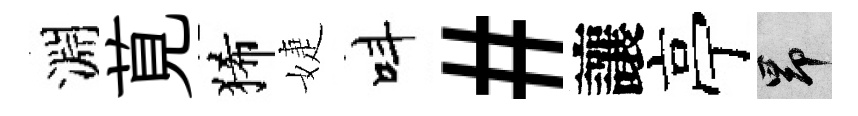
淵莧狶婕呌#讓亭昂